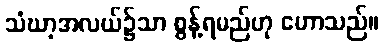
သံဃာ့အလယ်၌သာ စွန့်ရမည်ဟု ဟောသည်။